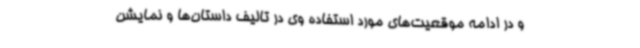
و در ادامه موقعیت‌های مورد استفاده وی در تالیف داستان‌ها و نمایشن